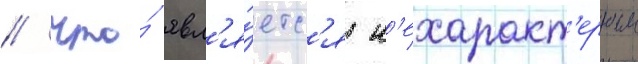
/ что́ явл'я́етс'я н'ехаракт'ерным